Indian journal of veterinary science and animal husbandry - Volume 7,
Year: 1937
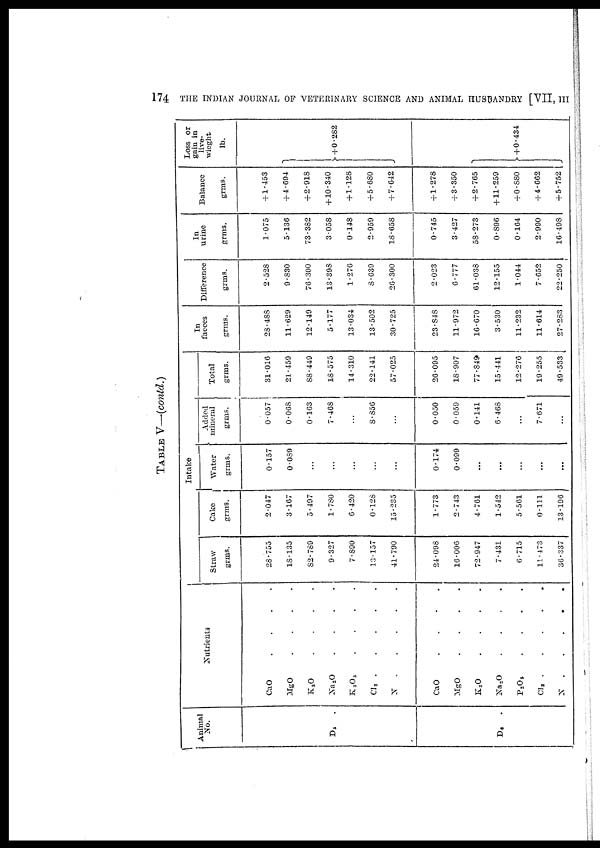
174
THE INDIAN JOURNAL OF VETERINARY SCIENCE AND ANIMAL HUSBANDRY [VII, III
TABLE V—(contd.)
Animal
No.
D 5
D 6
Nutrients
CaO
.
.
.
.
MgO
.
.
.
.
K 2 O
.
.
.
.
Na 2 O
.
.
.
.
K 2 O 5
.
.
.
.
Cl 2
.
.
.
.
N
.
.
.
.
CaO . . . .
MgO
.
.
.
.
K 2 O
.
.
.
.
Na 2 O
.
.
.
.
P 2 O 5
.
.
.
.
Cl 2
.
.
.
.
N
.
.
.
.
Intake
Straw
grms.
28.755
18.135
82.789
9.327
7.890
13.157
41.790
24.098
16.006
72.947
7.431
6.715
11.473
36.337
Cake
grms.
2.047
3.167
5.497
1.780
6.420
0.128
15.235
1.773
2.743
4.761
1.542
5.561
0.111
13.196
Water
grms.
0.157
0.089
...
...
...
...
...
0.174
0.099
...
...
...
...
...
Added
mineral
grms.
0.057
0.068
0.163
7.468
...
8.356
...
0.050
0.059
0.141
6.468
...
7.671
...
Total
grms.
31.016
21.459
88.449
18.575
14.310
22.141
57.025
26.095
I8.907
77.849
15.441
12.276
19.255
49.533
In
faeces
grms.
23.488
11.629
12.149
5.177
13.034
13.502
30.725
23.848
11.972
16.670
3.530
11.232
11.614
27.283
Difference
grms.
2.528
9.830
76.300
13.393
1.276
3.639
26.300
2.023
6.777
61.038
12.155
1.044
7.652
22.250
In
urine
grms.
1.075
5.138
73.382
3.058
0.148
2.959
18.658
0.745
3.427
58.273
0.896
0.164
2.990
16.498
Balance
grms.
+ 1.453
+ 4.694
+ 2.918
+ 10.340
+ 1.128
+ 5.680
+ 7.642
+ 1.278
+ 3.350
+2.765
+11.259
+0.880
+4.662
+ 5.752
Loss or
gain in
live.
wieght
lb.
}+0.282
}+0.434